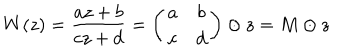
LaTeX: W ( z ) = \frac { a z + b } { c z + d } = \left( \begin{array} { c c } { { a } } & { { b } } \\ { { c } } & { { d } } \\ \end{array} \right) \odot z = M \odot z